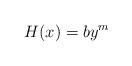
LaTeX: \begin{align*}H(x)=by^{m}\end{align*}